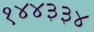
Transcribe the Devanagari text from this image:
१४४३३४